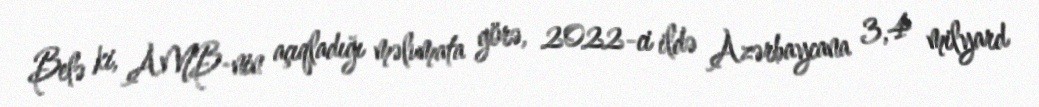
Belə ki, AMB-nin açıqladığı məlumata görə, 2022-ci ildə Azərbaycana 3,4 milyard